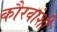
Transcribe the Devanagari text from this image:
कौरवांशी